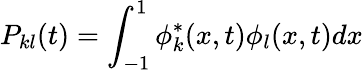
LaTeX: P_{kl}(t)=\int_{-1}^{1}\phi_{k}^{*}(x,t)\phi_{l}(x,t)dx